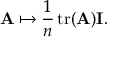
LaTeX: \mathbf { A } \mapsto { \frac { 1 } { n } } \operatorname { t r } ( \mathbf { A } ) \mathbf { I } .